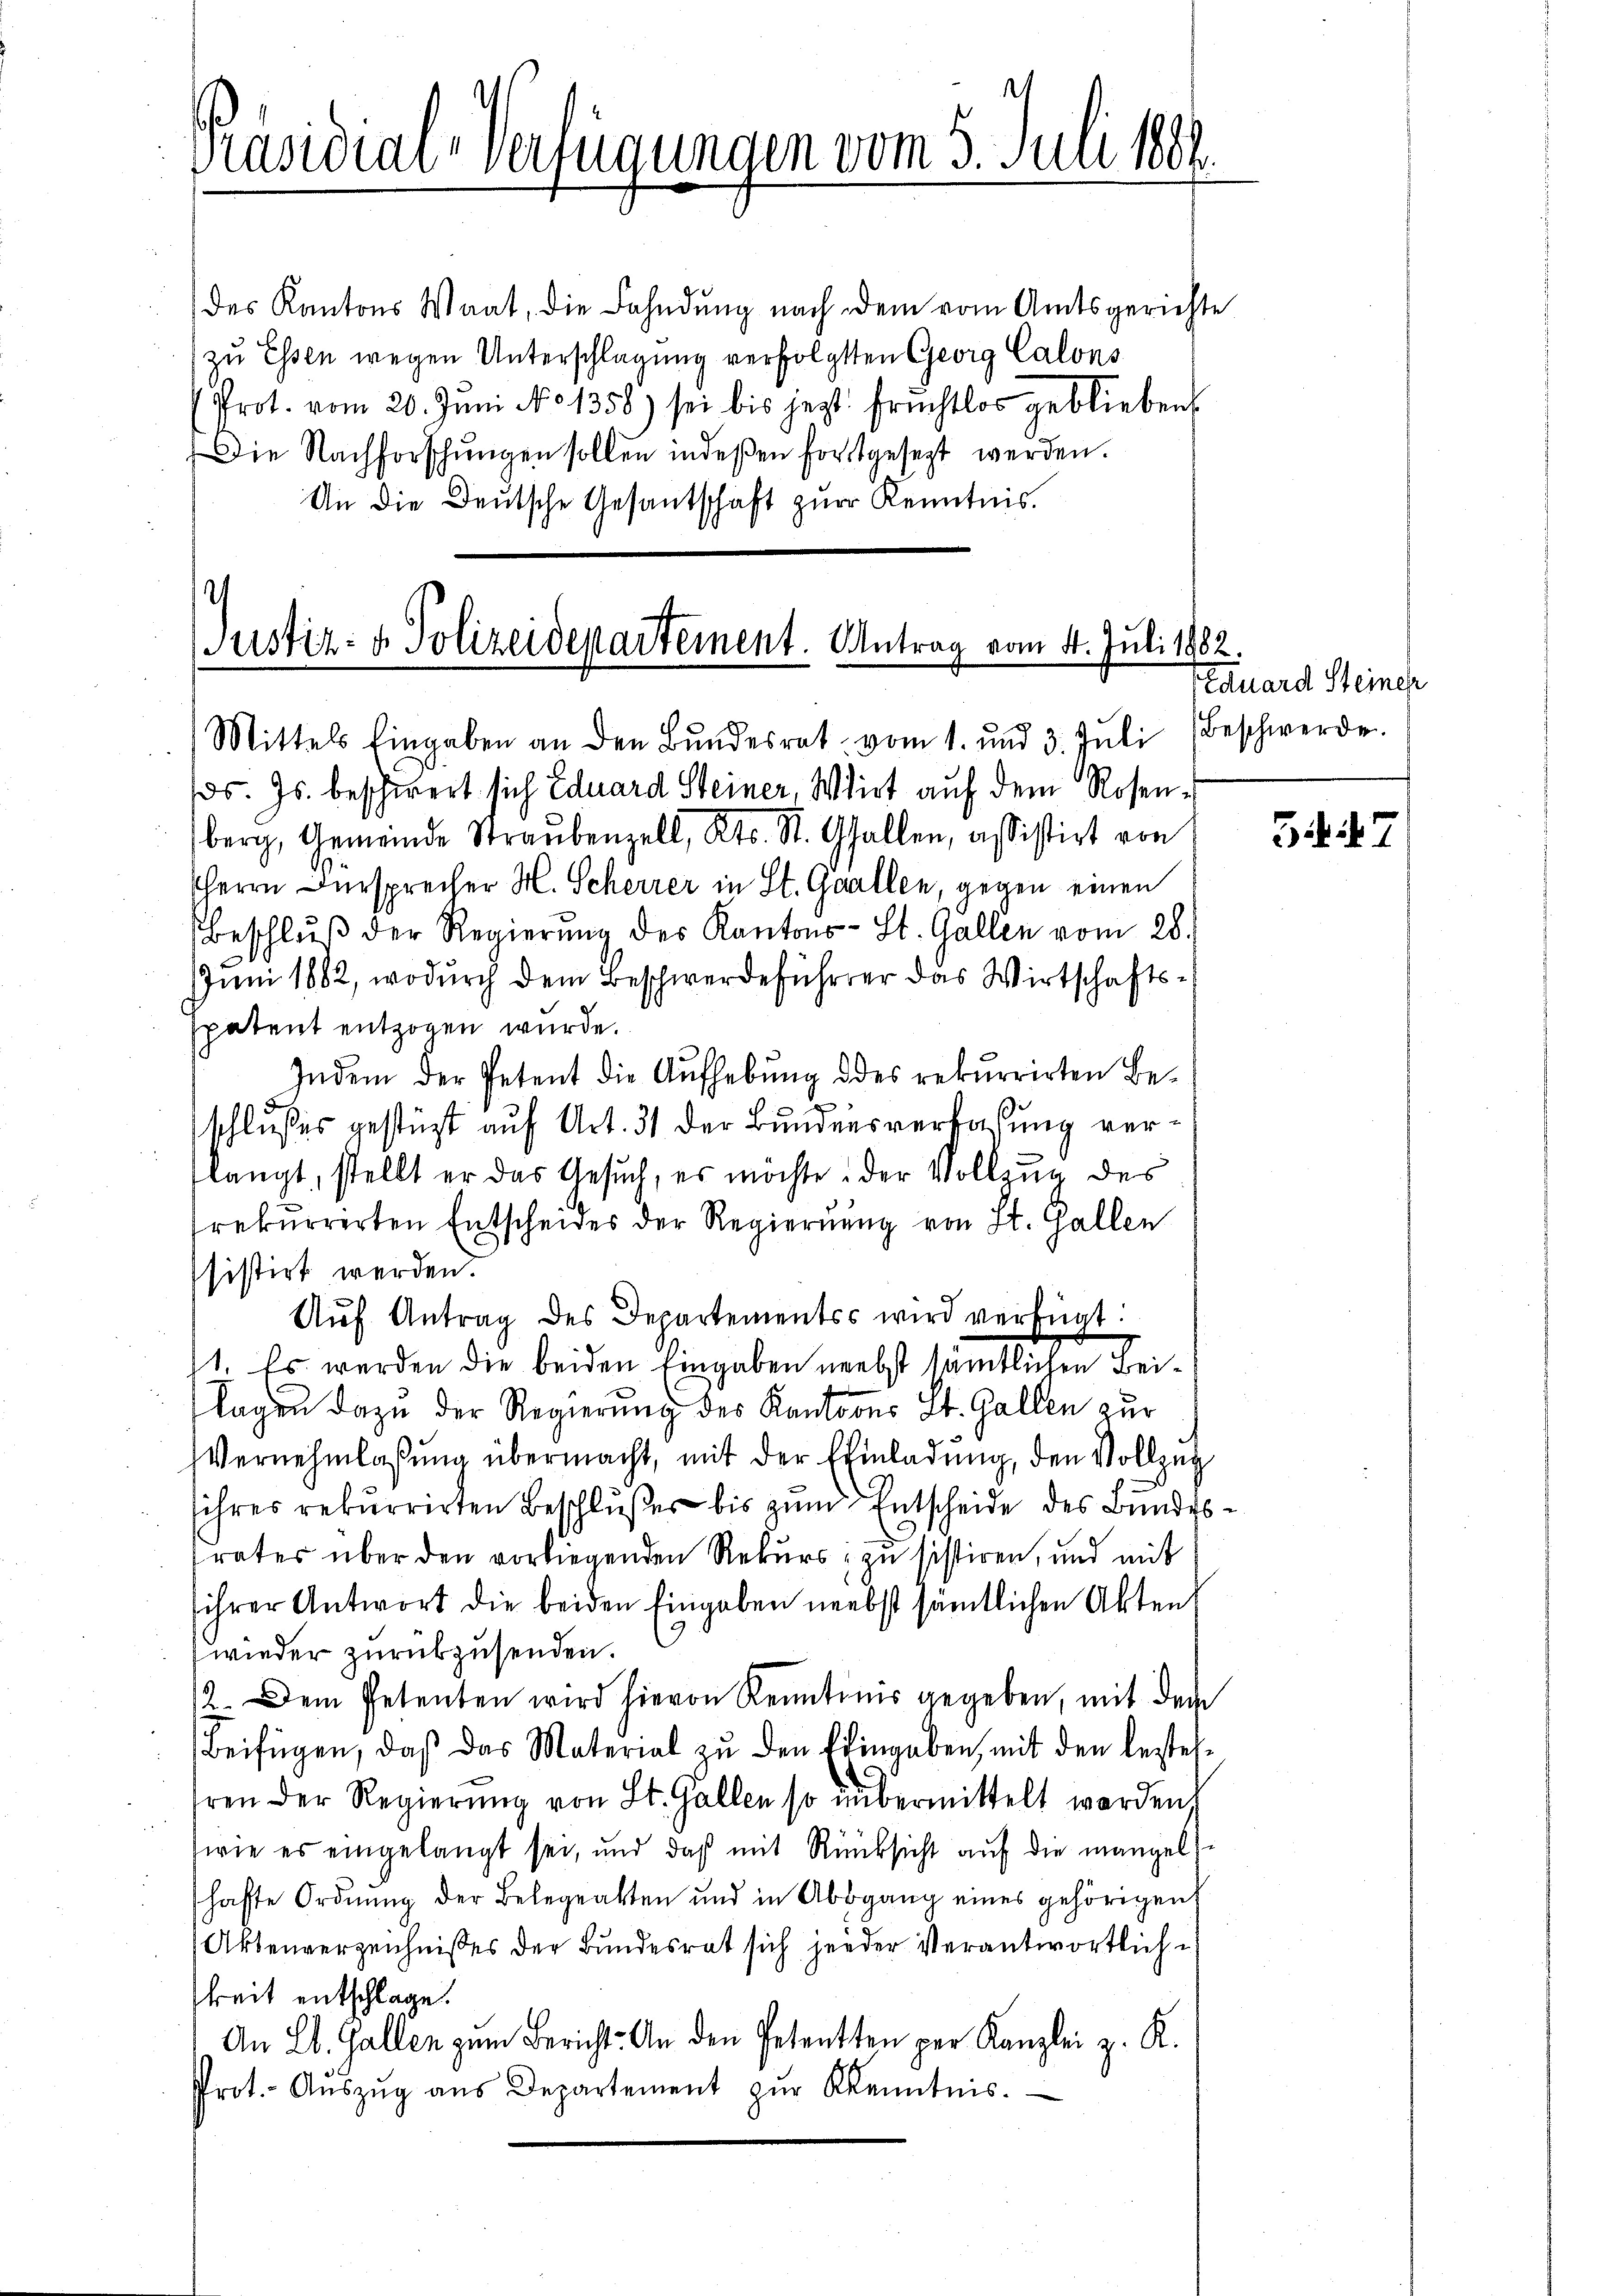
Präsidial-Verfügungen vom 5. Juli 1881.

des Kantons Waat, die Fahndŭng nach dem vom Amtsgerichte
zu Essen wegen Unterschlagung verfolgten Georg Calons
(Prot. vom 20. Juni No 1358) sei bis jetzt Früchtlos geblieben
Die Nachforschungen sollen indeßen fortgesezt werden.
An die Deutsche Gesantschaft zur Kenntnis.

Justiz- & Polizeidepartement. Antrag vom 4. Juli 1882.
Mittels Eingaben an den Bŭndesrat vom 1. und 3. Jŭli (Beschwerde.

ds. Js. beschwert sich Eduard Steiner, Wirt auf dem Rosenberg, Gemeinde Straŭbenzell, Kts. St. Gallen, assistirt von
Herrn Fürsprecher M. Scherrer in St. Gallen, gegen einen
Beschlŭβ der Regierŭng des Kantons- St. Gallen vom 28.
Juni 1882, wodurch dem Beschwerdeführer das Wirtschaftsspatent entzogen wurde.
Indem der Petent die Aufhebŭng des rekurrirten Be-
schlusses gestüzt auf Art. 31 der Bundesverfassung verslangt, stellt er das Gesuch, es möchte der Vollzug des
rekurrerten Entscheides der Regierŭng von St. Gallen
sistirt werden.
Aŭf Antrag des Departements wird verfügt:
1. Es werden die beiden Eingaben nebst sämmtlichen Beilagen dazu der Regierung des Kantons St. Gallen zur
Vernehmlassung übermacht, mit der Einladung, den Vollzug
ihres rekurrirten Beschlußes bis zum Entscheide des Bundesrates über den vorliegenden Rekurs zu sistiren, und mit
ihrer Antwort die beiden Eingaben nebst sämtlichen Akten
wieder zurükzusenden.
12. Dem Petenten wird hievon Kenntnis gegeben, mit dem
Beifügen, daβ das Material zŭ den Eingaben, mit den bestelhren der Regierŭng von St. Gallen so übermittelt worden,
(wie es eingelangt sei, und daß mit Rücksicht auf die mangels
hafte Ordnung der Belegatten und in Abbgang eines gehörigen
Aktenverzeichnisses der Bundesrat sich jeder Verantwortlichkeit entschlage.
An Eb. Gallen zum Bericht. An den Petenten per Kanzlei z. K.
Prot. Aŭszŭg aŭs Departement zŭr Kenntnis.

Eduard Steinen

54. d. 7.